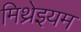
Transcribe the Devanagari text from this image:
मिथ्रेइयम